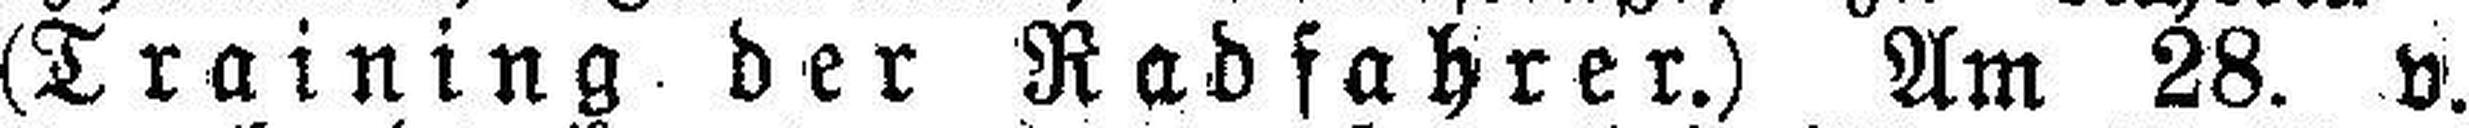
(Training der Radfahrer.) Am 28. v.